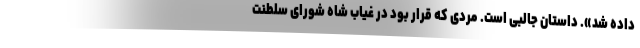
داده شد». داستان جالبی است. مردی که قرار بود در غیاب شاه شورای سلطنت